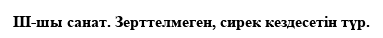
III-шы санат. Зерттелмеген, сирек кездесетін түр.